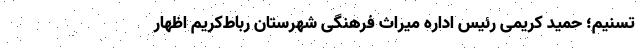
تسنیم؛ حمید کریمی رئیس اداره میراث فرهنگی‌ شهرستان رباط‌کریم اظهار